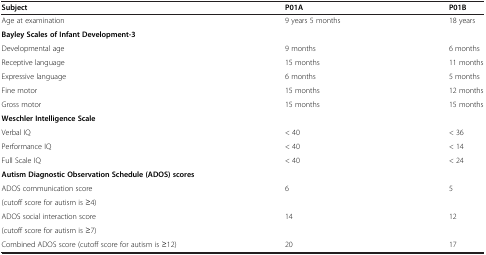
<table><thead><tr><td><b>Subject</b></td><td><b>P01A</b></td><td><b>P01B</b></td></tr></thead><tbody><tr><td>Age at examination</td><td>9 years 5 months</td><td>18 years</td></tr><tr><td colspan="3"><b>Bayley Scales of Infant Development-3</b></td></tr><tr><td>Developmental age</td><td>9 months</td><td>6 months</td></tr><tr><td>Receptive language</td><td>15 months</td><td>11 months</td></tr><tr><td>Expressive language</td><td>6 months</td><td>5 months</td></tr><tr><td>Fine motor</td><td>15 months</td><td>12 months</td></tr><tr><td>Gross motor</td><td>15 months</td><td>15 months</td></tr><tr><td colspan="3"><b>Weschler Intelligence Scale</b></td></tr><tr><td>Verbal IQ</td><td>&lt; 40</td><td>&lt; 36</td></tr><tr><td>Performance IQ</td><td>&lt; 40</td><td>&lt; 14</td></tr><tr><td>Full Scale IQ</td><td>&lt; 40</td><td>&lt; 24</td></tr><tr><td colspan="3"><b>Autism Diagnostic Observation Schedule (ADOS) scores</b></td></tr><tr><td>ADOS communication score</td><td rowspan="2">6</td><td rowspan="2">5</td></tr><tr><td>(cutoff score for autism is ≥4)</td></tr><tr><td>ADOS social interaction score</td><td rowspan="2">14</td><td rowspan="2">12</td></tr><tr><td>(cutoff score for autism is ≥7)</td></tr><tr><td>Combined ADOS score (cutoff score for autism is ≥12)</td><td>20</td><td>17</td></tr></tbody></table>